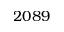
2 0 8 9